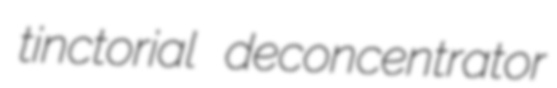
tinctorial deconcentrator